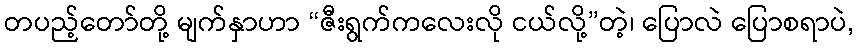
တပည့်တော်တို့ မျက်နှာဟာ “ဇီးရွက်ကလေးလို ငယ်လို့”တဲ့၊ ပြောလဲ ပြောစရာပဲ,